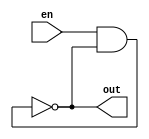
`timescale 1ns/1ns
module inclass1(en, out);
	input en;
	output out;
	wire n1, n2;

	nand #5 (n1, en, out);
	not #5 (n2, n1);
	not #5 (out, n2);

endmodule

module t_inclass1();
	reg enable;
	wire out;

	inclass1 DUT(enable, out);

	initial begin
		enable <= 1'b0;
		#15 enable <= 1'b1;
		#60 $stop;

	end
endmodule